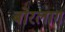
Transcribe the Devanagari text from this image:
बोरलाग